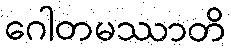
ဂေါတမဿာတိ